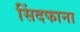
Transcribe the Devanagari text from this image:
सिंदफाना